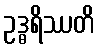
ဥဒ္ဓရိဿတိ